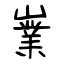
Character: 嶪